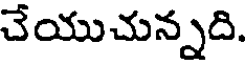
చేయుచున్నది.